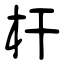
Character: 杆